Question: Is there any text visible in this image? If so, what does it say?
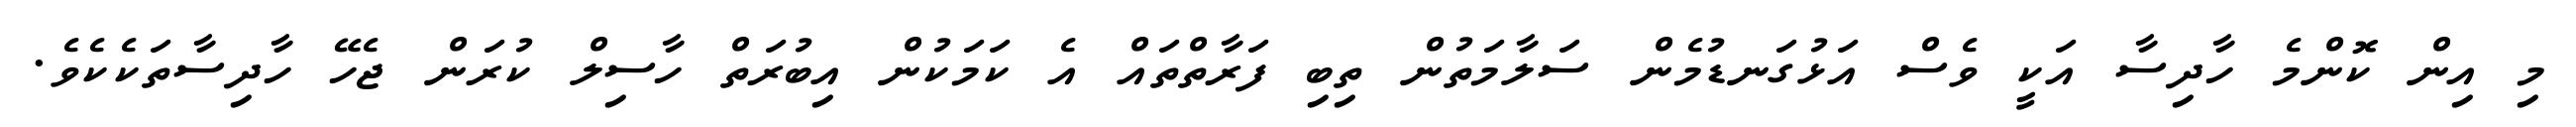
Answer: މި އިން ކޮންމެ ހާދިސާ އަކީ ވެސް އަޅުގަނޑުމެން ސަލާމަތުން ތިބި ފަރާތްތައް އެ ކަމަކުން އިބުރަތް ހާސިލް ކުރަން ޖެހޭ ހާދިސާތަކެކެވެ.